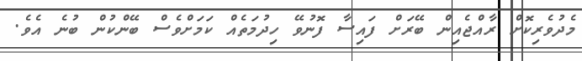
މެދުވެރިކޮށް ރާއްޖެއިން ބޭރަށް ފައިސާ ފޮނުވޭ ހިދުމަތެއް ކަމަށްވެސް ބޭންކުން ބުނެ އެވެ.